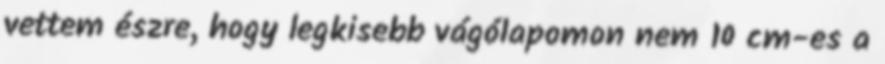
vettem észre, hogy legkisebb vágólapomon nem 10 cm-es a